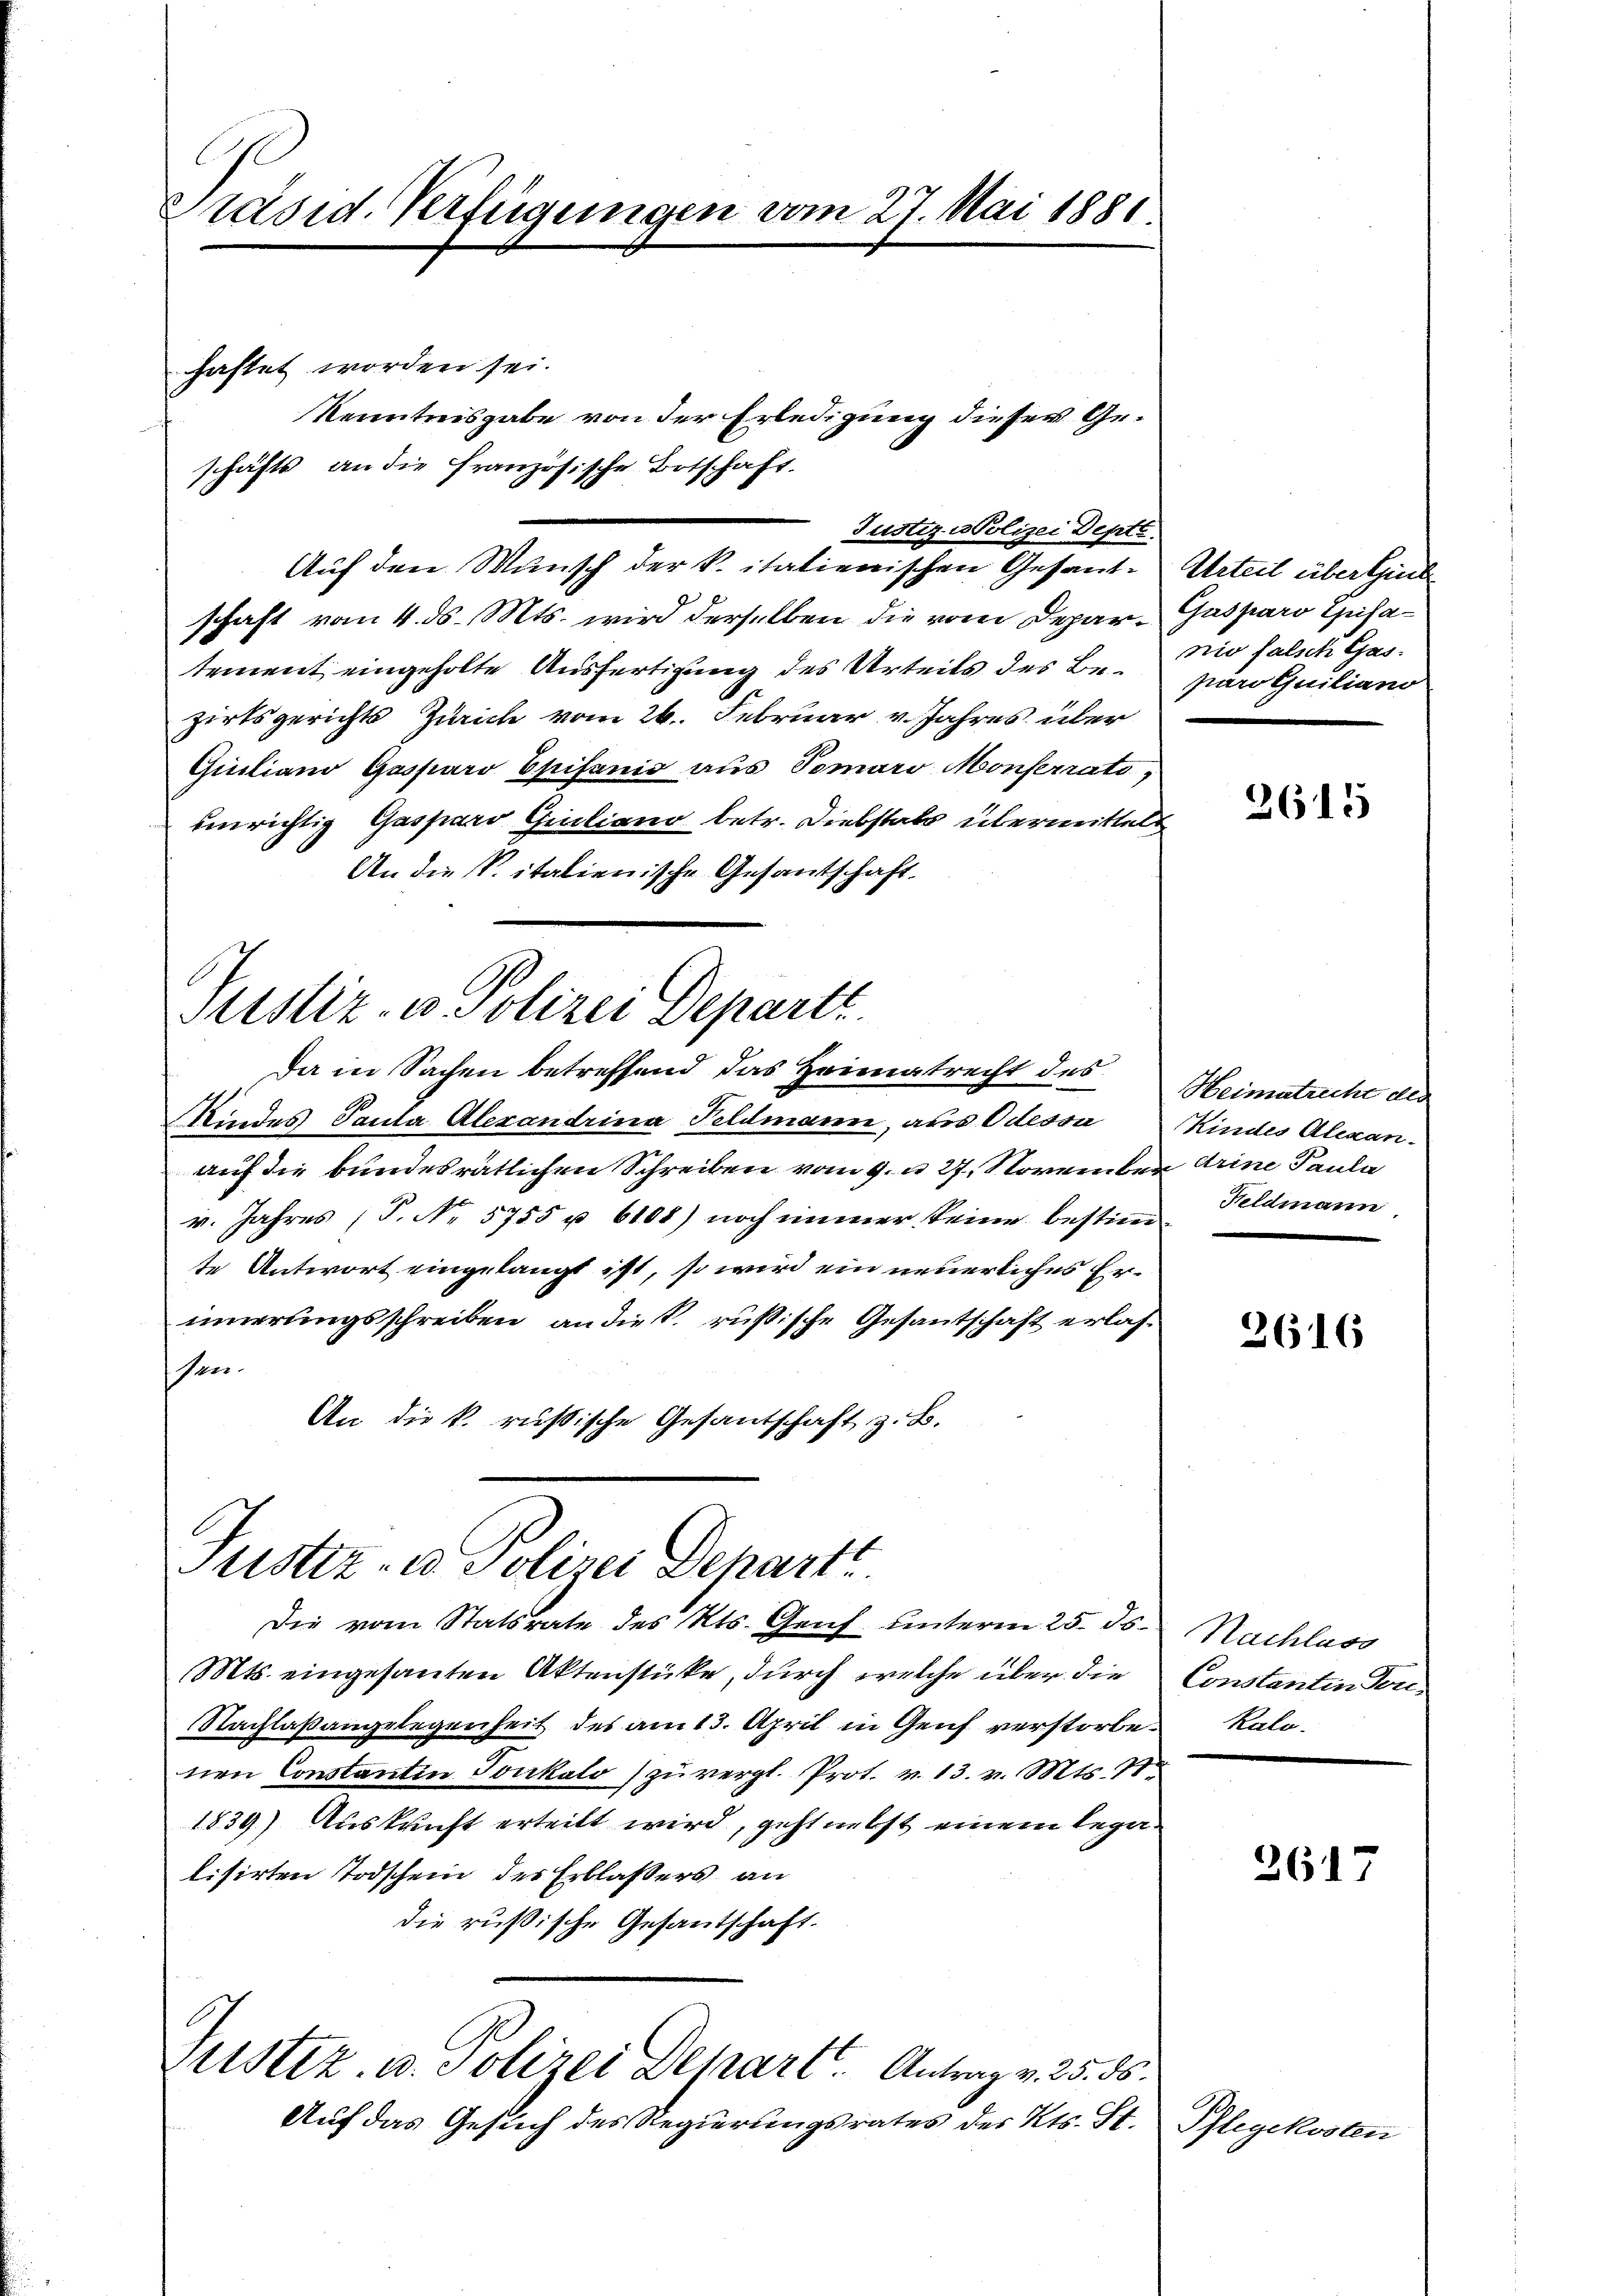
Präsid. Erfügungen vom 27. Mai 1886.

haftet worden sei.
schäfts an die französische Botschaft.
Auf den Wunsch der k. italienischen Gesandschaft vom 4. ds. Mts. wird derselben die vom Departement eingeholte Ausfertigung des Urteils des Be- nio falsche Geszirksgerichts Zürich vom 26. Februar v. Jahres über
Quuiliano Gasparo Epifanić aus Tomaro Monferrats,
unrichtig Gasparo Guiliano betr. Diebstals übermittelt
An die S. italienische Gesantschaft.

Justiz- u Polizei Departe
Da in Sachen betreffend das Heimatrecht des

Kindes Paula Alexandrina Feldmann, aus Odessa
auf die bundesrätlichen Schreiben vom 9. u 27. November drine Pauli
v. Jahres (T. No. 5755 u. 6108) noch immer keine bestimte Antwort eingelangt ist, so wird ein neuerliches Erinnerungsschreiben an die russische Gesantschaft erlas¬
Ven.
An die k. russische Gesantschaft z. B.

Justiz- u. Polizei Departt

Kenntnisgabe von der Erledigung dieser Ge¬

Justiz- u Polizei Depte.

Die vom Statsrate des Kts. Genf unterm 25. ds.
Mts. eingesanten Aktenstücke, durch welche über die Constantin Ton
Nachlaßangelegenheit des am 13. April in Genf verstorben Kalonen Constantin Tonkalo zu vergl. Prot. v. 13. v. Mts. 11
1839.) Auskunft erteilt wird, geht nebst einem Legalisirten Todschein des Erblassers an
die rußische Gesantschaft.
Zustiz- u. Polizei Depart. Antrag v. 25. 56.
Auf das Gesuch des Regierungsrates des Kts. St.

Urteil über sind
Guspars Zusa
paro Guiliano

2615

Heimatricht des
Kindes Alexan.
Keldmann

2616

Nachlass

2617

Pflegekoste

a